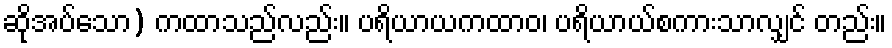
ဆိုအပ်သော) ကထာသည်လည်း။ ပရိယာယကထာဝ၊ ပရိယာယ်စကားသာလျှင် တည်း။